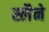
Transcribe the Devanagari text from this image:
स्लैने